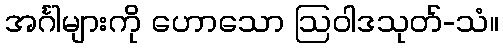
အင်္ဂါများကို ဟောသော ဩဝါဒသုတ်-သံ။